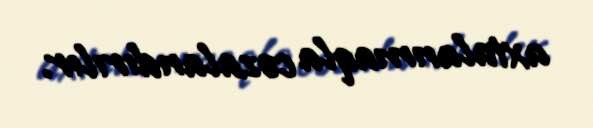
axtalanmaqla cəzalandırılır.